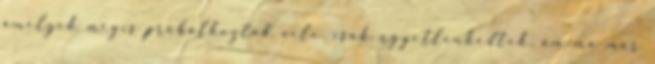
amelyek mégis próbálkoztak vele, csak ügyetlenkedtek, ám ma már